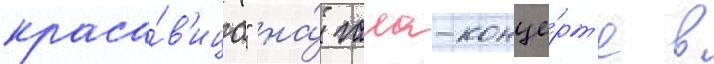
краса́в'ица" на́ гала-конце́рт'е в